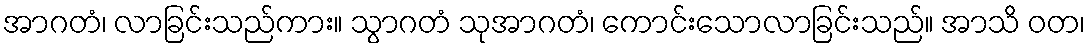
အာဂတံ၊ လာခြင်းသည်ကား။ သွာဂတံ သုအာဂတံ၊ ကောင်းသောလာခြင်းသည်။ အာသိ ဝတ၊